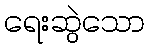
ရေးဆွဲသော